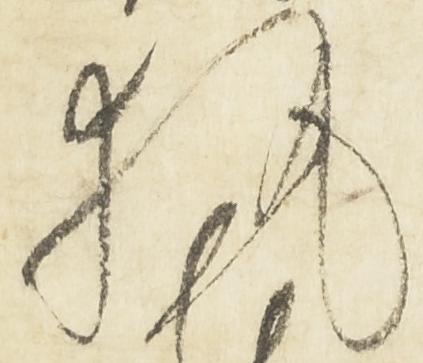
執